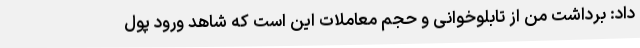
داد: برداشت من از تابلوخوانی و حجم معاملات این است که شاهد ورود پول